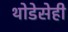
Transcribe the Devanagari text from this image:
थोडेसेही